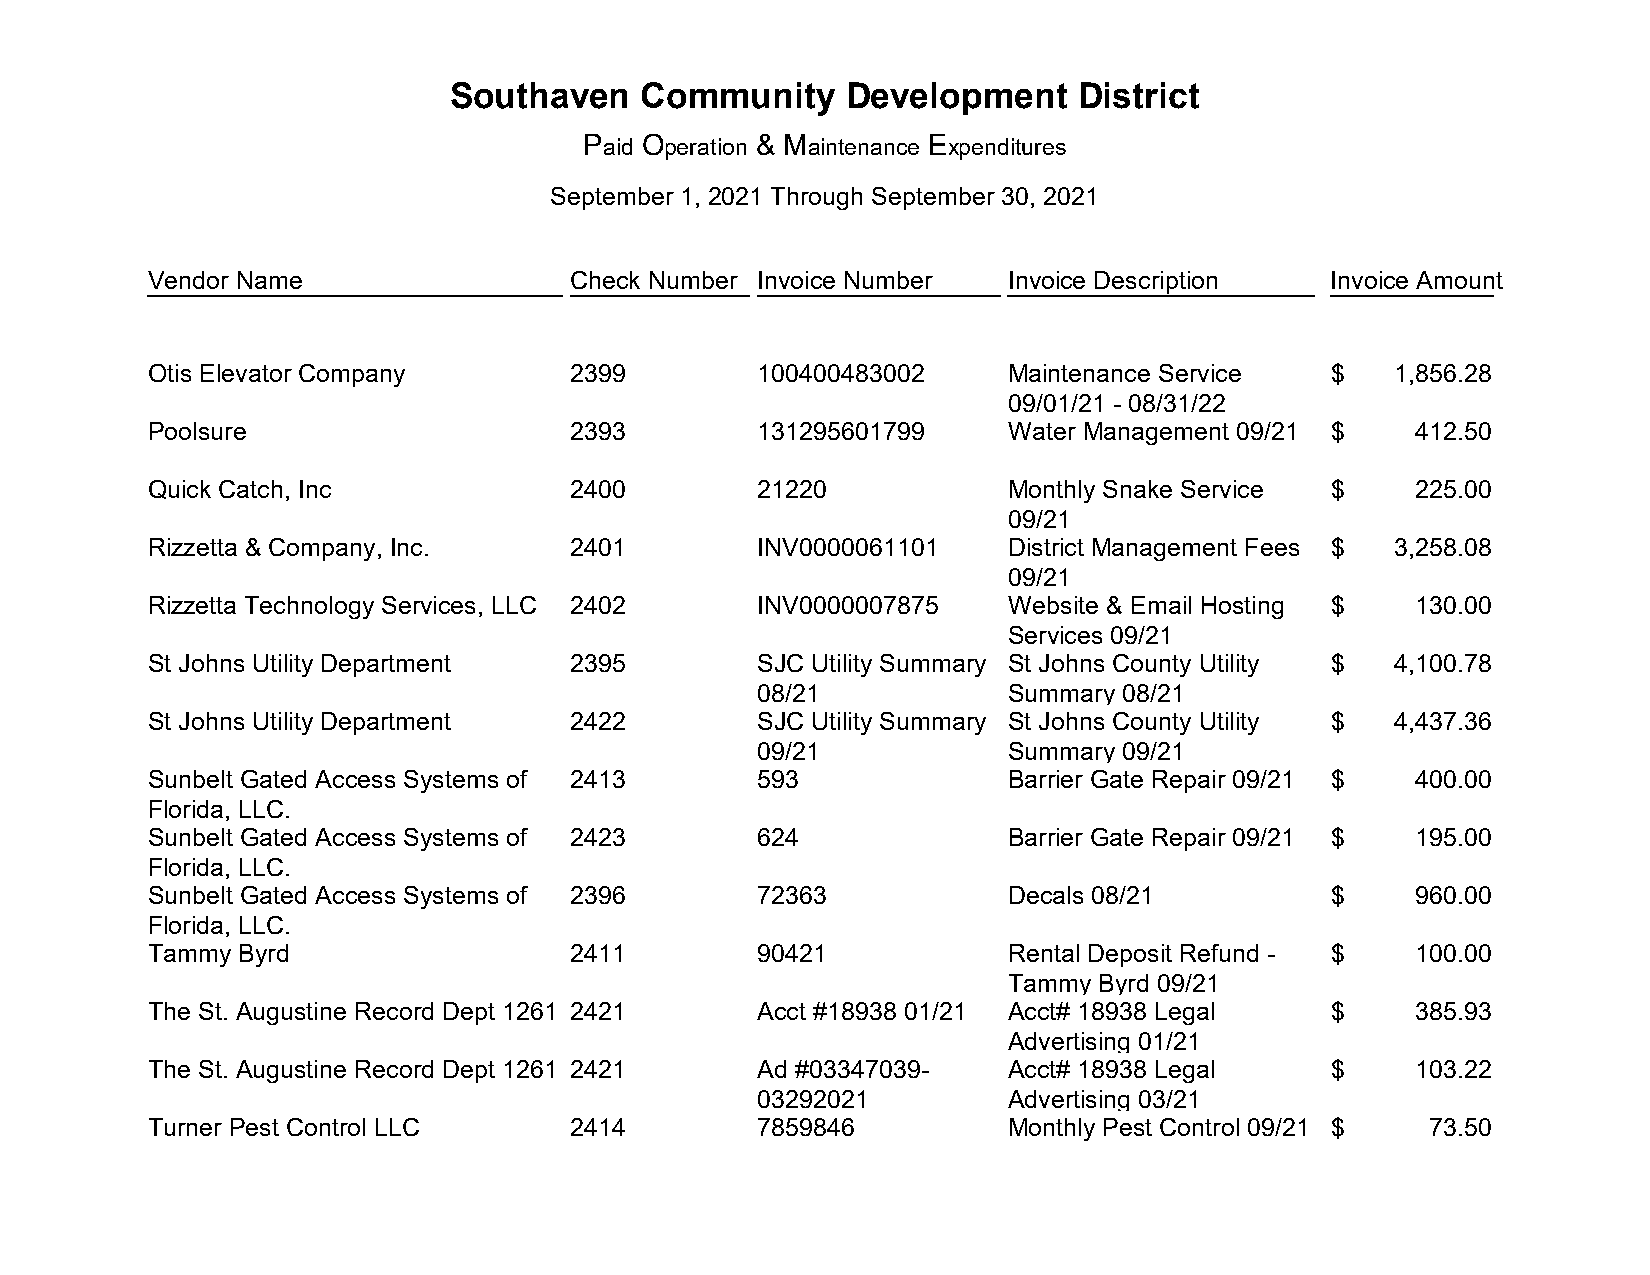
Southaven    Community     Development    District
 Paid Operation & Maintenance Expenditures
 September 1, 2021 Through September 30, 2021
 Vendor Name                 Check Number Invoice Number  Invoice Description   Invoice Amount
 Otis Elevator Company       2399         100400483002    Maintenance Service   $   1,856.28
 09/01/21 - 08/31/22
 Poolsure                    2393         131295601799    Water Management 09/21 $   412.50
 Quick Catch, Inc            2400         21220           Monthly Snake Service $    225.00
 09/21
 Rizzetta & Company, Inc.    2401         INV0000061101   District Management Fees $ 3,258.08
 09/21
 Rizzetta Technology Services, LLC 2402   INV0000007875   Website & Email Hosting $  130.00
 Services 09/21
 St Johns Utility Department 2395         SJC Utility Summary St Johns County Utility $ 4,100.78
 08/21           Summary 08/21
 St Johns Utility Department 2422         SJC Utility Summary St Johns County Utility $ 4,437.36
 09/21           Summary 09/21
 Sunbelt Gated Access Systems of 2413     593             Barrier Gate Repair 09/21 $ 400.00
 Florida, LLC.
 Sunbelt Gated Access Systems of 2423     624             Barrier Gate Repair 09/21 $ 195.00
 Florida, LLC.
 Sunbelt Gated Access Systems of 2396     72363           Decals 08/21          $    960.00
 Florida, LLC.
 Tammy Byrd                  2411         90421           Rental Deposit Refund - $  100.00
 Tammy Byrd 09/21
 The St. Augustine Record Dept 1261 2421  Acct #18938 01/21 Acct# 18938 Legal   $    385.93
 Advertising 01/21
 The St. Augustine Record Dept 1261 2421  Ad #03347039-   Acct# 18938 Legal     $    103.22
 03292021        Advertising 03/21
 Turner Pest Control LLC     2414         7859846         Monthly Pest Control 09/21 $ 73.50